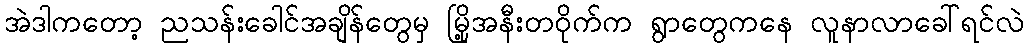
အဲဒါကတော့ ညသန်းခေါင်အချိန်တွေမှ မြို့အနီးတဝိုက်က ရွာတွေကနေ လူနာလာခေါ်ရင်လဲ